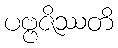
ပဗ္ဗဇိဿတိ